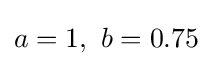
a=1,\ b=0.75